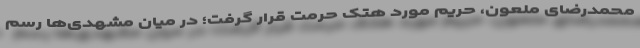
محمدرضای ملعون، حریم مورد هتک حرمت قرار گرفت؛ در میان مشهدی‌ها رسم